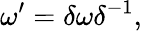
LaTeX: \omega^{\prime}=\delta\omega\delta^{-1},